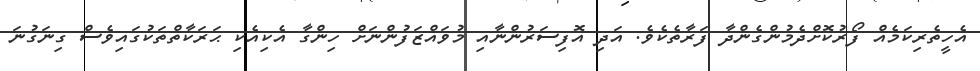
އެހީތެރިކަމެއް ފޯރުކޮށްދެމުންގެންދާ ފަރާތެކެވެ. އަދި އޮފިސަރުންނާއި މުވައްޒަފުންނަށް ހިންގާ އެކިއެކި ޙަރަކާތްތަކުގައިވެސް ގިނަގުނަ